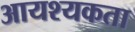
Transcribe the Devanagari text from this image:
आयश्यकता